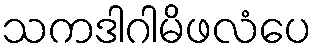
သကဒါဂါမိဖလံပေ